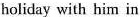
holiday with him in